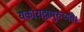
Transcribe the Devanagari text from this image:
यकाराद्वायुरुच्यते।